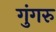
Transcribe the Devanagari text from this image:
गुंगरु